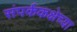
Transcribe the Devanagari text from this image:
संपर्ककक्षेच्या